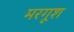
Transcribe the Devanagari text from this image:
मरगूश